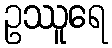
ဥဿူရေ